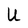
Character: U